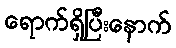
ရောက်ရှိပြီးနောက်